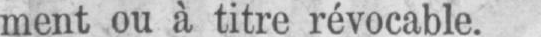
ment ou à titre révocable.